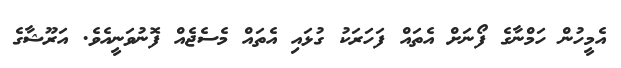
އެމީހުން ހަމްނާގެ ފޯނަށް އެތައް ފަހަރަކު ގުޅައި އެތައް މެސެޖެއް ފޮނުވަނީއެވެ. އަރޫޝާގެ